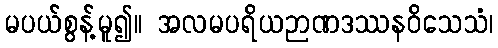
မပယ်စွန့်မူ၍။ အလမပရိယဉာဏဒဿနဝိသေသံ၊